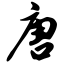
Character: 唐